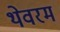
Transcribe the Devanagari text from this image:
थेवरम